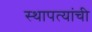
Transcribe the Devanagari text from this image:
स्थापत्यांची